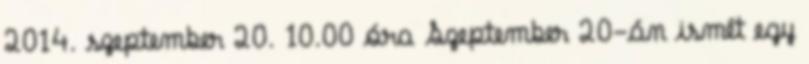
2014. szeptember 20. 10.00 óra Szeptember 20-án ismét egy